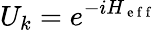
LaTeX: U_{k}=e^{-iH_{\mathrm{~e~f~f~}}}